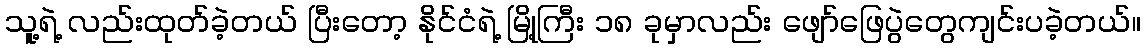
သူ့ရဲ့ လည်းထုတ်ခဲ့တယ် ပြီးတော့ နိုင်ငံရဲ့ မြို့ကြီး ၁၈ ခုမှာလည်း ဖျော်ဖြေပွဲတွေကျင်းပခဲ့တယ်။